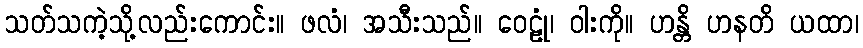
သတ်သကဲ့သို့လည်းကောင်း။ ဖလံ၊ အသီးသည်။ ဝေဠုံ၊ ဝါးကို။ ဟန္တိ ဟနတိ ယထာ၊